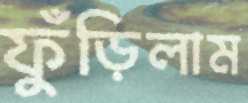
ফুঁড়িলাম